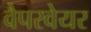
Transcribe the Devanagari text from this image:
वैपरवेयर